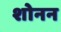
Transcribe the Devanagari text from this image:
शोनन